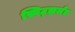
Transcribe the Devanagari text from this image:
स्विट्झर्लंड